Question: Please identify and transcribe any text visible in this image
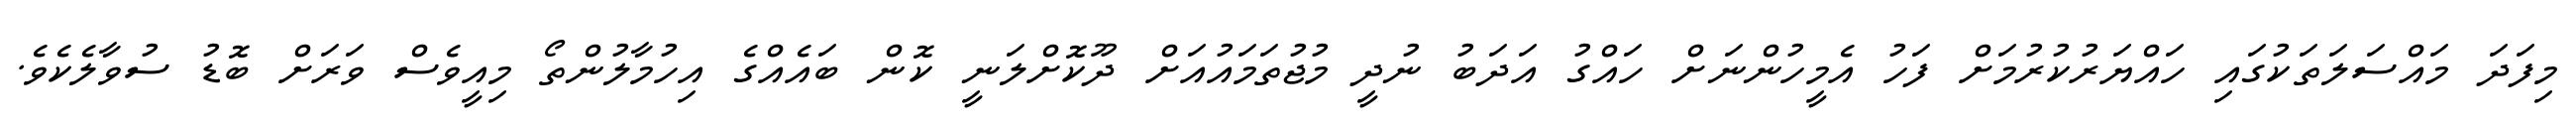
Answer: މިފަދަ މައްސަލަތަކުގައި ހައްޔަރުކުރުމަށް ފަހު އެމީހުންނަށް ހައްގު އަދަބު ނުދީ މުޖުތަމައުއަށް ދޫކޮށްލަނީ ކޮން ބައެއްގެ އިހުމާލުންތޯ މިއީވެސް ވަރަށް ބޮޑު ސުވާލެކެވެ.